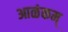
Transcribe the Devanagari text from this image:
आळंकम्